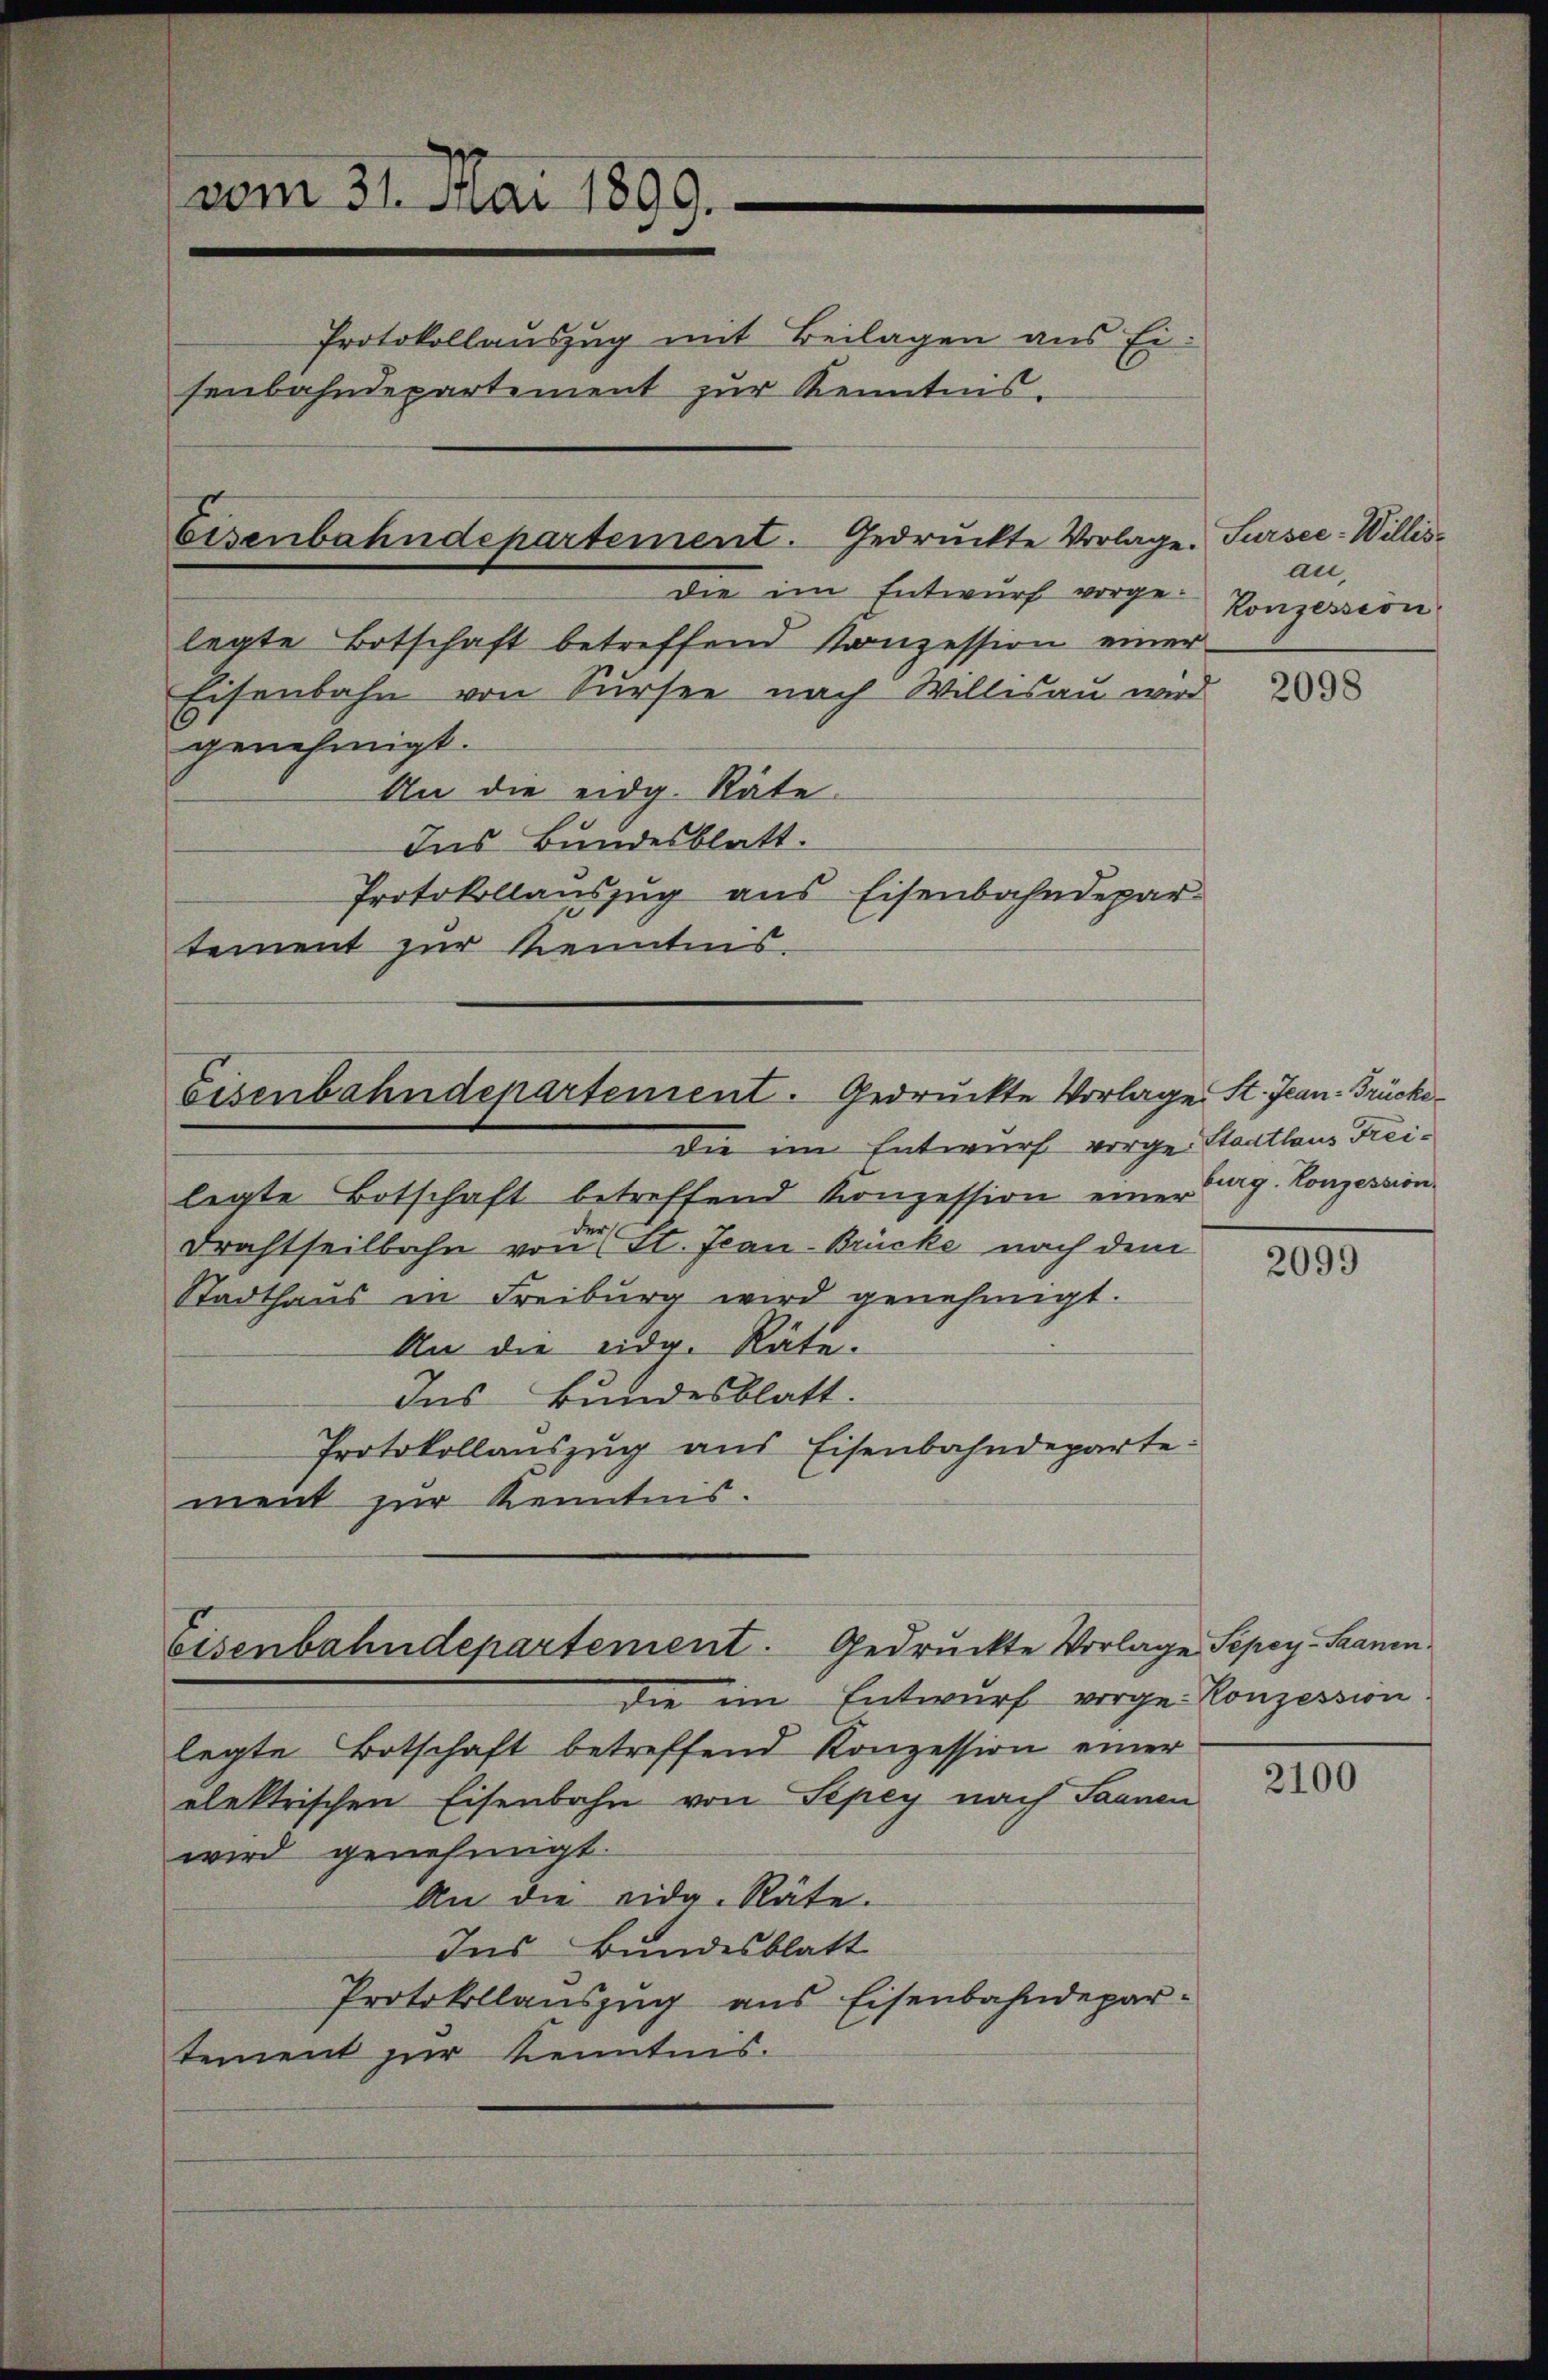
die im Entwurf vorgelegte Botschaft betreffend Konzession einer
Eisenbahn von Sursee nach Willisau wird
genehmigt.
An die eidg. Räte.
Ins Bundesblatt.
Protokollauszug aus Eisenbahndepar
tement zur Kenntnis.

vom 31. Mai 1899.
Protokollauszug mit Beilagen aus Eisenbahndepartement zur Kenntnis.

Eisenbahndepartement. Gedrückte Vorlage. Sursee-Willis¬

Eisenbahndepartement. Gedruckte Vorlage St. Jean- Brücke¬

Gedruckte Vorlage Sepey-Saanen
Eisenbahndepartement.

die im Entwurf vorge Stadthaus Freilegte Botschaft betreffend Konzession einer Burg. Konzession.
Drachtheilbahn von St. Jean-Brücke nach dem
Stadthaus in Freiburg wird genehmigt.
An die eidg. Räte.
Das Bundesblatt.
Protokollauszug aus Eisenbahndeparte:
ment zur Kenntnis.

au
Konzession

2098

die im Entwurf vorge- Konzession.
legte Botschaft betreffend Konzession einer
elektrischen Eisenbahn von Sepey nach Saanen
wird genehmigt.
An die eidg. Räte.
Ins Bundesblatt
Protokollauszug aus Eisenbahndepartement zur Kenntnis.

2099

2100